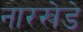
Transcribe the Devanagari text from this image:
नारखेडे